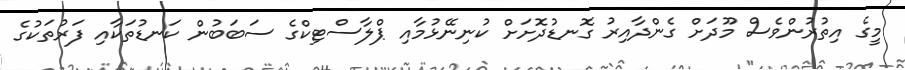
މީގެ އިތުރުންވެސް މޫދަށް ގެންދާއިރު ގޮނޑުދޮށަށް ކުނިނޭޅުމާއި ޕްލާސްޓިކްގެ ސަބަބުން ކަނޑުތަކާއި ފަރުތަކުގެ